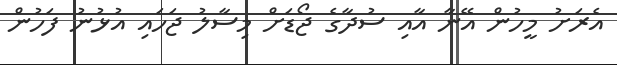
އެރަށު މީހުން އޭނާ އާއި ސުދާގެ ޖޯޑަށް މިސާލު ޖަހައި އުޅުނު ފަހުން